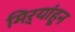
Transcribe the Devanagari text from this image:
मिऱ्यांहून